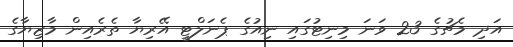
އަދި މެޗުގެ 23 ވަނަ މިނިޓުގައި ނިއުގެ ޕެނަލްޓީ އޭރިޔާ ތެރެެއިން މާޒިޔާގެ